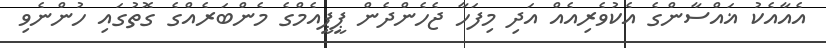
އެއާއެކު ޣައްސާންގެ އެކުވެރިއެއް އަދި މިފަހާ ޖެހެންދެން ޕީޕީއެމްގެ މެންބަރެއްގެ ގޮތުގައި ހުންނެވި